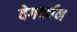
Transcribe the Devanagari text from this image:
वेगवर्धन